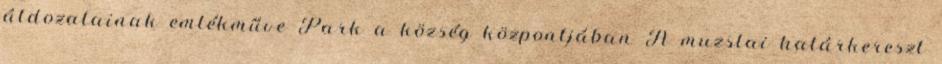
áldozatainak emlékműve Park a község központjában A muzslai határkereszt